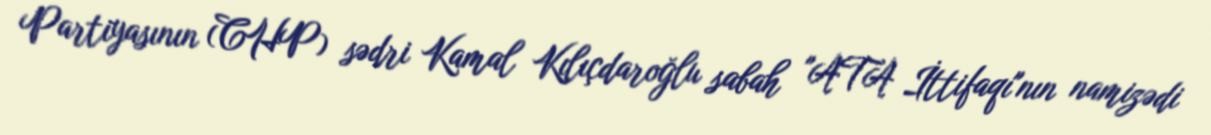
Partiyasının (CHP) sədri Kamal Kılıçdaroğlu sabah "ATA İttifaqı"nın namizədi